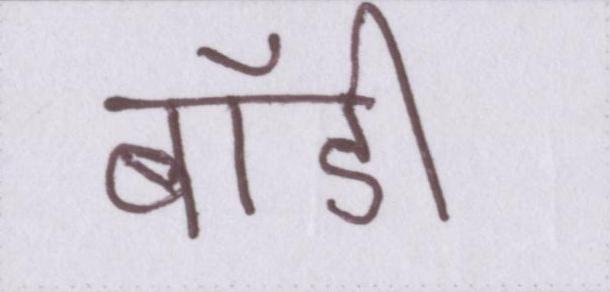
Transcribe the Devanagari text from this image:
बॉडी